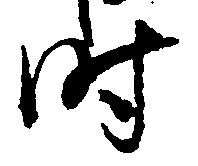
時